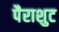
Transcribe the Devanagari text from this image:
पैराशुट